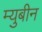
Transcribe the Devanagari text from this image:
म्युबीन